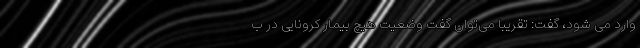
وارد می شود، گفت: تقریبا می‌توان گفت وضعیت هیچ بیمار کرونایی در ب